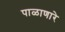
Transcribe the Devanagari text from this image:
पाळाणारे